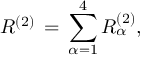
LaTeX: R ^ { ( 2 ) } \, = \, \sum _ { \alpha = 1 } ^ { 4 } R _ { \alpha } ^ { ( 2 ) } ,